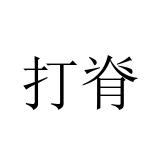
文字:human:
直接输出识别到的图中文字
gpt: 打脊